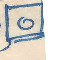
٥